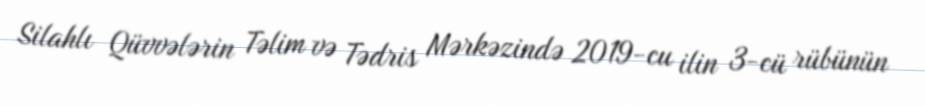
Silahlı Qüvvələrin Təlim və Tədris Mərkəzində 2019-cu ilin 3-cü rübünün